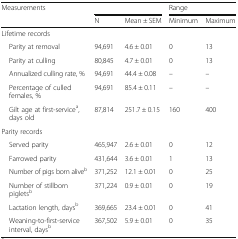
| <ROWSPAN=2> Measurements | <COLSPAN=2>  | <COLSPAN=2> Range |
 | N | Mean ± SEM | Minimum | Maximum |
 | --- | --- | --- | --- | --- |
 | <COLSPAN=3> Lifetime records |  |  |
 | Parity at removal | 94,691 | 4.6 ± 0.01 | 0 | 13 |
 | Parity at culling | 80,845 | 4.7 ± 0.01 | 0 | 13 |
 | Annualized culling rate, % | 94,691 | 44.4 ± 0.08 | – | – |
 | Percentage of culled females, % | 94,691 | 85.4 ± 0.11 | – | – |
 | Gilt age at first-servicea, days old | 87,814 | 251.7 ± 0.15 | 160 | 400 |
 | Parity records |  |  |  |  |
 | Served parity | 465,947 | 2.6 ± 0.01 | 0 | 12 |
 | Farrowed parity | 431,644 | 3.6 ± 0.01 | 1 | 13 |
 | Number of pigs born aliveb | 371,252 | 12.1 ± 0.01 | 0 | 25 |
 | Number of stillborn pigletsb | 371,224 | 0.9 ± 0.01 | 0 | 19 |
 | Lactation length, daysb | 369,665 | 23.4 ± 0.01 | 0 | 41 |
 | Weaning-to-first-service interval, daysb | 367,502 | 5.9 ± 0.01 | 0 | 35 |